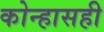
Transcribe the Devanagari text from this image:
कोन्हासही